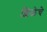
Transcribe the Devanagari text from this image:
शिळेचे